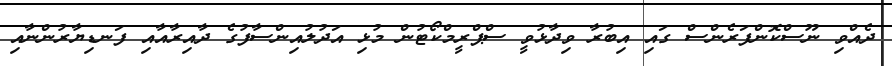
ދެއްވި ނޫސްކޮންފަރެންސް ގައި އިބުރާ ވިދާޅުވީ ސްޕްރީމްކޯޓުން މުޅި އަދުލުއިންސާފުގެ ދާއިރާއާއި ފަނޑިޔާރުންނާއި